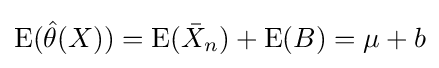
\mathrm {E} ({\hat {\theta }}(X))=\mathrm {E} ({\bar {X}}_{n})+\mathrm {E} (B)=\mu +b